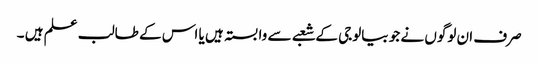
صرف ان لوگوں نے جو بیالوجی کے شعبے سے وابستہ ہیں یا اس کے طالب علم ہیں ۔